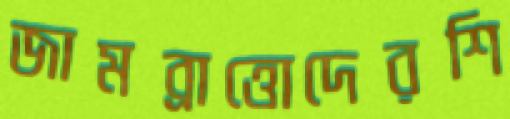
জামব্রাত্তোদেরশি